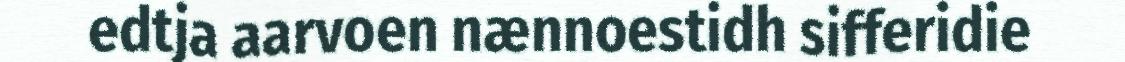
edtja aarvoen nænnoestidh sifferidie